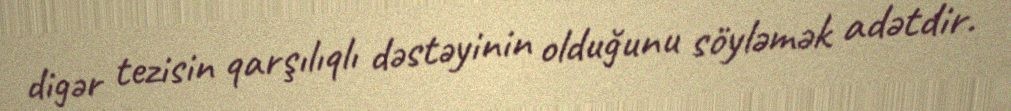
digər tezisin qarşılıqlı dəstəyinin olduğunu söyləmək adətdir.